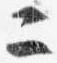
二